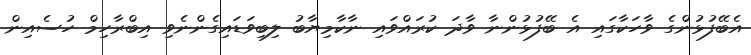
އެބޭފުޅުންގެ ވާހަކާގައި އެ ބޭފުޅުންނާ ވާދަ ކުރައްވައި ނާކާމިޔާބު ލިބިވަޑައިގެންނެވި އިބްރާހިމް ހުސެއިން